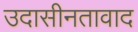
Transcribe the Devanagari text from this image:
उदासीनतावाद